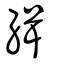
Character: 緝